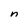
Character: n